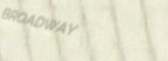
BROADWAY